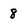
Character: 8